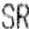
SR